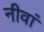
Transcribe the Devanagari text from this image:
नीवां